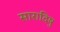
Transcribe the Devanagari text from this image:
सारादिषु